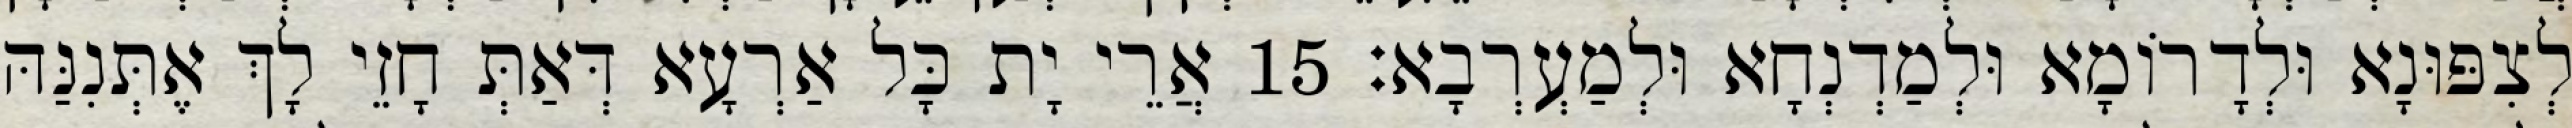
לְצִפּוּנָא וּלְדָרוֹמָא וּלְמַדְנְחָא וּלְמַעְרְבָא׃ 15 אֲרֵי יָת כָּל אַרְעָא דְּאַתְּ חָזֵי לָךְ אֶתְּנִנַּהּ